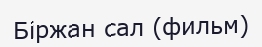
Біржан сал (фильм)